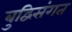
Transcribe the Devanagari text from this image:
बुद्विसंगत